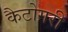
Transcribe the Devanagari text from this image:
कैटोगरी